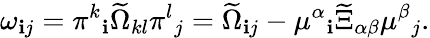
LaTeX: \omega_{\mathbf{i}j}=\pi^{k}{}_{\mathbf{i}}\widetilde{\Omega}_{kl}\pi^{l}{}_{j}=\widetilde{\Omega}_{\mathbf{i}j}-\mu^{\alpha}{}_{\mathbf{i}}\widetilde{\Xi}_{\alpha\beta}\mu^{\beta}{}_{j}.